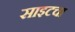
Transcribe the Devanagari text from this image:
साइटचा